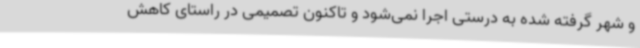
و شهر گرفته شده به درستی اجرا نمی‌شود و تاکنون تصمیمی در راستای کاهش